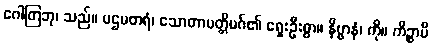
ဂေါတြဘု၊ သည်။ ပဌမတရံ၊ သောတာပတ္တိမဂ်၏ ရှေးဦးစွာ။ နိဗ္ဗာနံ၊ ကို။ ကိဉ္စာပိ